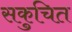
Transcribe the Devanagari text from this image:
सकुचित